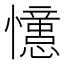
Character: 𭟞